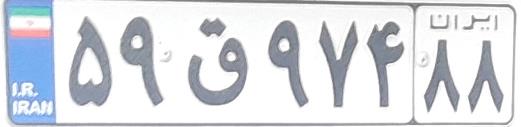
۵۹ق۹۷۴۸۸